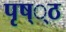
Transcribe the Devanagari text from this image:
पृष््ठ